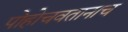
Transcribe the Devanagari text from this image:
पोहोचवतानाच